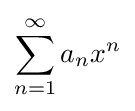
\sum _{n=1}^{\infty }a_{n}x^{n}